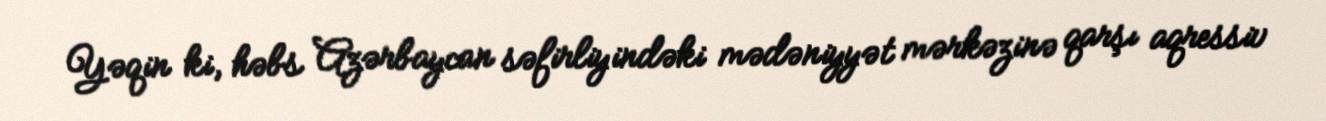
Yəqin ki, həbs Azərbaycan səfirliyindəki mədəniyyət mərkəzinə qarşı aqressiv